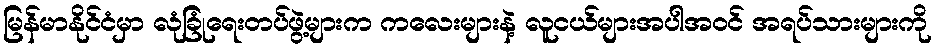
မြန်မာနိုင်ငံမှာ လုံခြုံရေးတပ်ဖွဲ့များက ကလေးများနဲ့ လူငယ်များအပါအဝင် အရပ်သားများကို